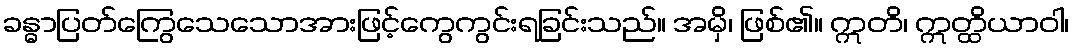
ခန္ဓာပြတ်ကြွေသေသောအားဖြင့်ကွေကွင်းရခြင်းသည်။ အမှိ၊ ဖြစ်၏။ ဣတိ၊ ဣတ္ထိယာဝါ၊